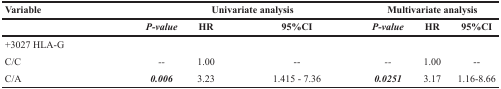
<table><thead><tr><td><b>Variable</b></td><td colspan="3"><b>Univariate analysis</b></td><td colspan="3"><b>Multivariate analysis</b></td></tr><tr><td></td><td><b><i>P-value</i></b></td><td><b>HR</b></td><td><b>95%CI</b></td><td><b><i>P-value</i></b></td><td><b>HR</b></td><td><b>95%CI</b></td></tr></thead><tbody><tr><td>+3027 HLA-G</td><td></td><td></td><td></td><td></td><td></td><td></td></tr><tr><td>C/C</td><td><i>--</i></td><td>1.00</td><td>--</td><td><i>--</i></td><td>1.00</td><td>--</td></tr><tr><td>C/A</td><td><b><i>0.006</i></b></td><td>3.23</td><td>1.415 - 7.36</td><td><b><i>0.0251</i></b></td><td>3.17</td><td>1.16-8.66</td></tr></tbody></table>